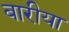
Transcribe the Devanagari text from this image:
बारीया